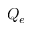
Q _ { e }